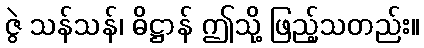
ဇွဲ သန်သန်၊ ဓိဋ္ဌာန် ဤသို့ ဖြည့်သတည်း။